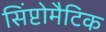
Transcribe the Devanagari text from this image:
सिंप्टोमैटिक